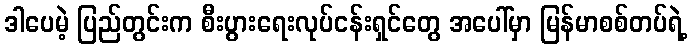
ဒါပေမဲ့ ပြည်တွင်းက စီးပွားရေးလုပ်ငန်းရှင်တွေ အပေါ်မှာ မြန်မာစစ်တပ်ရဲ့